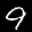
Label: 9